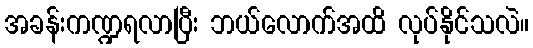
အခန်းကဏ္ဍရလာပြီး ဘယ်လောက်အထိ လုပ်နိုင်သလဲ။